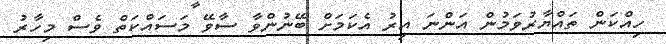
ހިއްކަން ތައްޔާރުވަމުން އަންނަ އިރު އެކަމަށް ބޭނުންވާ ސާވޭ މަސައްކަތް ވެސް މިހާރު